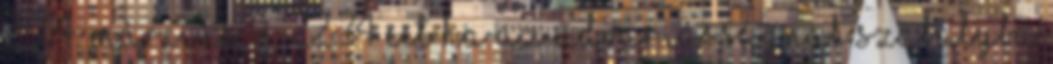
2014. március 9., 22:34 CET Ha az udvariasságnak szabályba